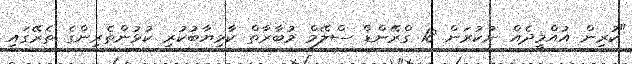
"ކުރިން އުއްމީދެއް ނުކުރަން 18 ގްރޭންޑް ސްލޭމް މުބާރާތް ކާމިޔާބުކުރި ކުޅުންތެރިންގެ ތެރޭގައި